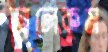
আলেকুম